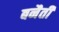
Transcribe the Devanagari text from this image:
बनैती